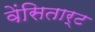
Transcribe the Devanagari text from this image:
वेंसितार्ट